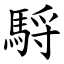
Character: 䮑